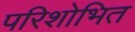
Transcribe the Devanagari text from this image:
परिशोभित